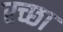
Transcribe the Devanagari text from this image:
रच्‍छा